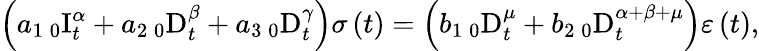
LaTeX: \left(a_{1}\, _{0}\mathrm{I}_{t}^{\alpha}+a_{2}\, _{0}\mathrm{D}_{t}^{\beta}+a_{3}\, _{0}\mathrm{D}_{t}^{\gamma}\right)\sigma\left(t\right)=\left(b_{1}\, _{0}\mathrm{D}_{t}^{\mu}+b_{2}\, _{0}\mathrm{D}_{t}^{\alpha+\beta+\mu}\right)\varepsilon\left(t\right),